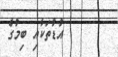
އުޑުތަކާއި ބިމުގެ